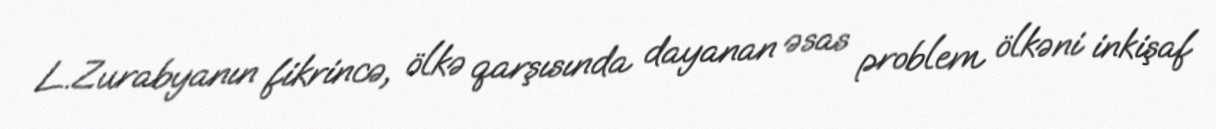
L.Zurabyanın fikrincə, ölkə qarşısında dayanan əsas problem ölkəni inkişaf